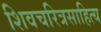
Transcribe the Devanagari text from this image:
शिवचरित्रसाहित्य